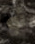
أو